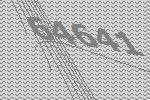
64641